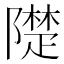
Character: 𨼪